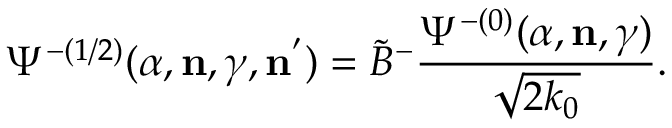
{ \Psi } ^ { - ( 1 / 2 ) } ( \alpha , { \bf n } , \gamma , { \bf n } ^ { ' } ) = \widetilde { B } ^ { - } \frac { { \Psi } ^ { - ( 0 ) } ( \alpha , { \bf n } , \gamma ) } { \sqrt { 2 k _ { 0 } } } .